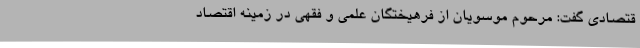
قتصادی گفت: مرحوم موسویان از فرهیختگان علمی و فقهی در زمینه اقتصاد